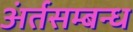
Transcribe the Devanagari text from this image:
अंर्तसम्बन्ध